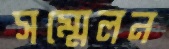
সম্মেলন